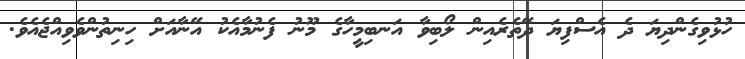
ހުޅުވިގެންދިޔަ ދެ އެސްފިޔަ ދޭތެރެއިން ލޯބިވާ އަނބިމީހާގެ މޫނު ފެނުމާއެކު އޭނާއަށް ހިނިތުންވެވިއްޖެއެވެ.